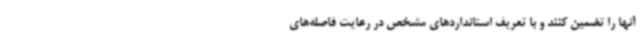
آنها را تضمین کنند و با تعریف استانداردهای مشخص در رعایت فاصله‌های